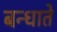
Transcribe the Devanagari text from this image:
बन्धाते